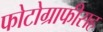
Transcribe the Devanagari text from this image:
फोटोग्राफीसह